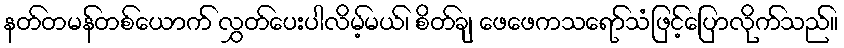
နတ်တမန်တစ်ယောက် လွှတ်ပေးပါလိမ့်မယ်၊ စိတ်ချ ဖေဖေကသရော်သံဖြင့်ပြောလိုက်သည်။